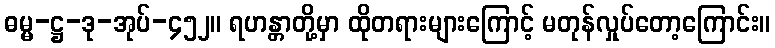
ဓမ္မ-ဋ္ဌ-ဒု-အုပ်-၄၅၂။ ရဟန္တာတို့မှာ ထိုတရားများကြောင့် မတုန်လှုပ်တော့ကြောင်း။